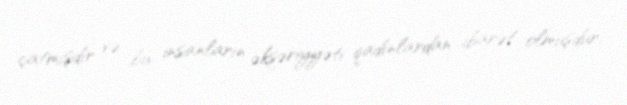
çatmışdır və bu insanların əksəriyyəti qadınlardan ibarət olmuşdur.